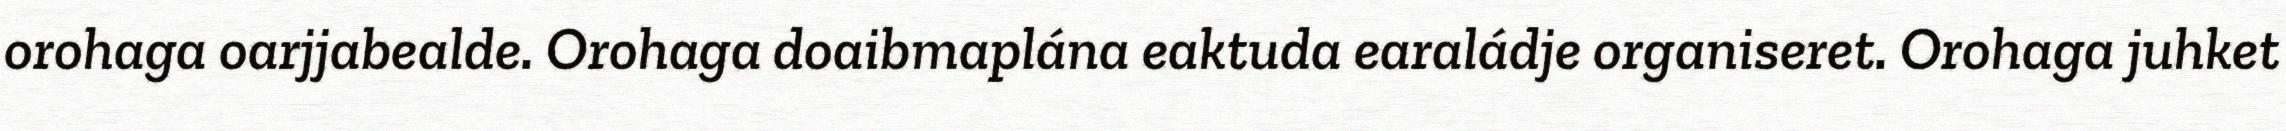
orohaga oarjjabealde. Orohaga doaibmaplána eaktuda earaládje organiseret. Orohaga juhket